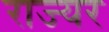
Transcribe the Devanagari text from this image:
राज्यर